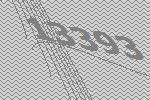
13393